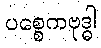
ပစ္စေကဗုဒ္ဓါ